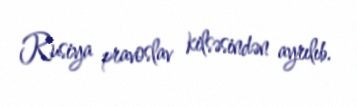
Rusiya pravoslav kilsəsindən ayrılıb.